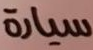
سيارة